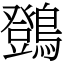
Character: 䳾